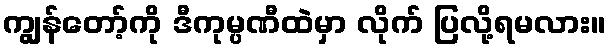
ကျွန်တော့်ကို ဒီကုမ္ပဏီထဲမှာ လိုက် ပြလို့ရမလား။